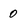
Character: 0